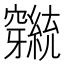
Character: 𬔕